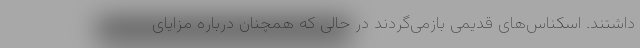
داشتند. اسکناس‌های قدیمی بازمی‌گردند در حالی که همچنان درباره مزایای